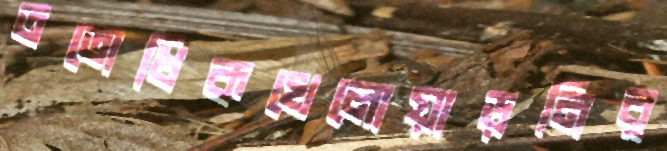
ততোধিকখেলোয়াড়নির্